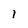
Character: 1